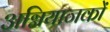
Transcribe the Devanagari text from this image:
अग्नियाजकों